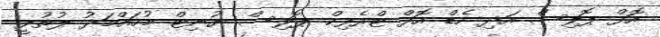
އޮފް ޕޮލިސް އަދި ހެޑް އޮފް ޓްރެފިކް ޕޮލިސް ޔުނިޓް މުހައްމަދު ލުތުފީ